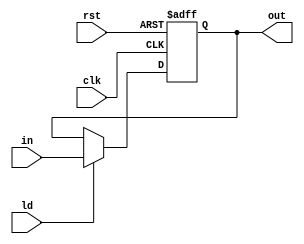
`timescale 1ns/1ns
module Reg1(input clk, rst, ld, in, output reg out);
	always @(posedge clk, posedge rst) begin
		if(rst) begin
			out <= 1'b0;
		end else begin
			out <= ld ? in : out;
		end
	end
endmodule